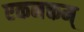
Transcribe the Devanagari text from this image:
एकनक्तम्